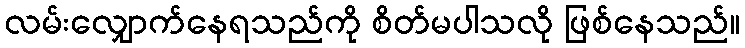
လမ်းလျှောက်နေရသည်ကို စိတ်မပါသလို ဖြစ်နေသည်။